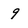
Character: 9